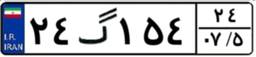
۸۸گ۴۸۷۶۴